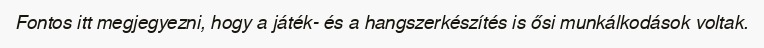
Fontos itt megjegyezni, hogy a játék- és a hangszerkészítés is ősi munkálkodások voltak.